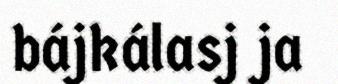
bájkálasj ja